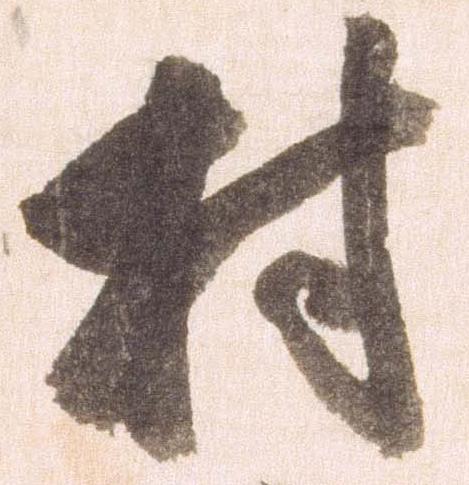
村